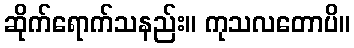
ဆိုက်ရောက်သနည်း။ ကုသလတောပိ။